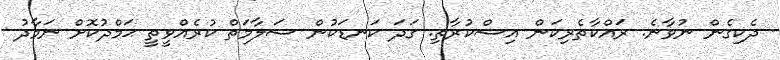
ދެކިގެން ނުވާނެ. ރައްކާތެރިކަން އިސްކުރާތި. ގަދަ ކަނޑަކުން ސަލާމަތް ކުރެއްވީތީ ޙަމްދުކޮށް ނަމާދު